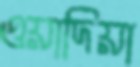
ওয়াদিয়া